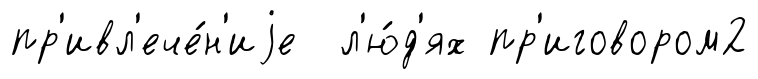
пр'ивл'ече́н'иjе л'ю́д'ях пр'иговором2